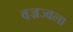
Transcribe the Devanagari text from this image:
वज्रज्वला